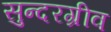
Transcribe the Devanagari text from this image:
सुन्दरग्रीव